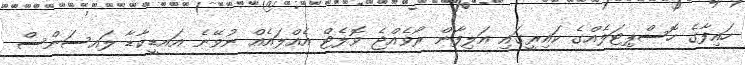
ހައިފާގެ ހޮސްޕިޓަލެއްގެ ކައިރީގައި އަލިފާން ރޯވެއްޖެ ވޮލެޓް އެއްލައެއް ނުވޭނެ އައޑީކާޑާ ލައސަންސް